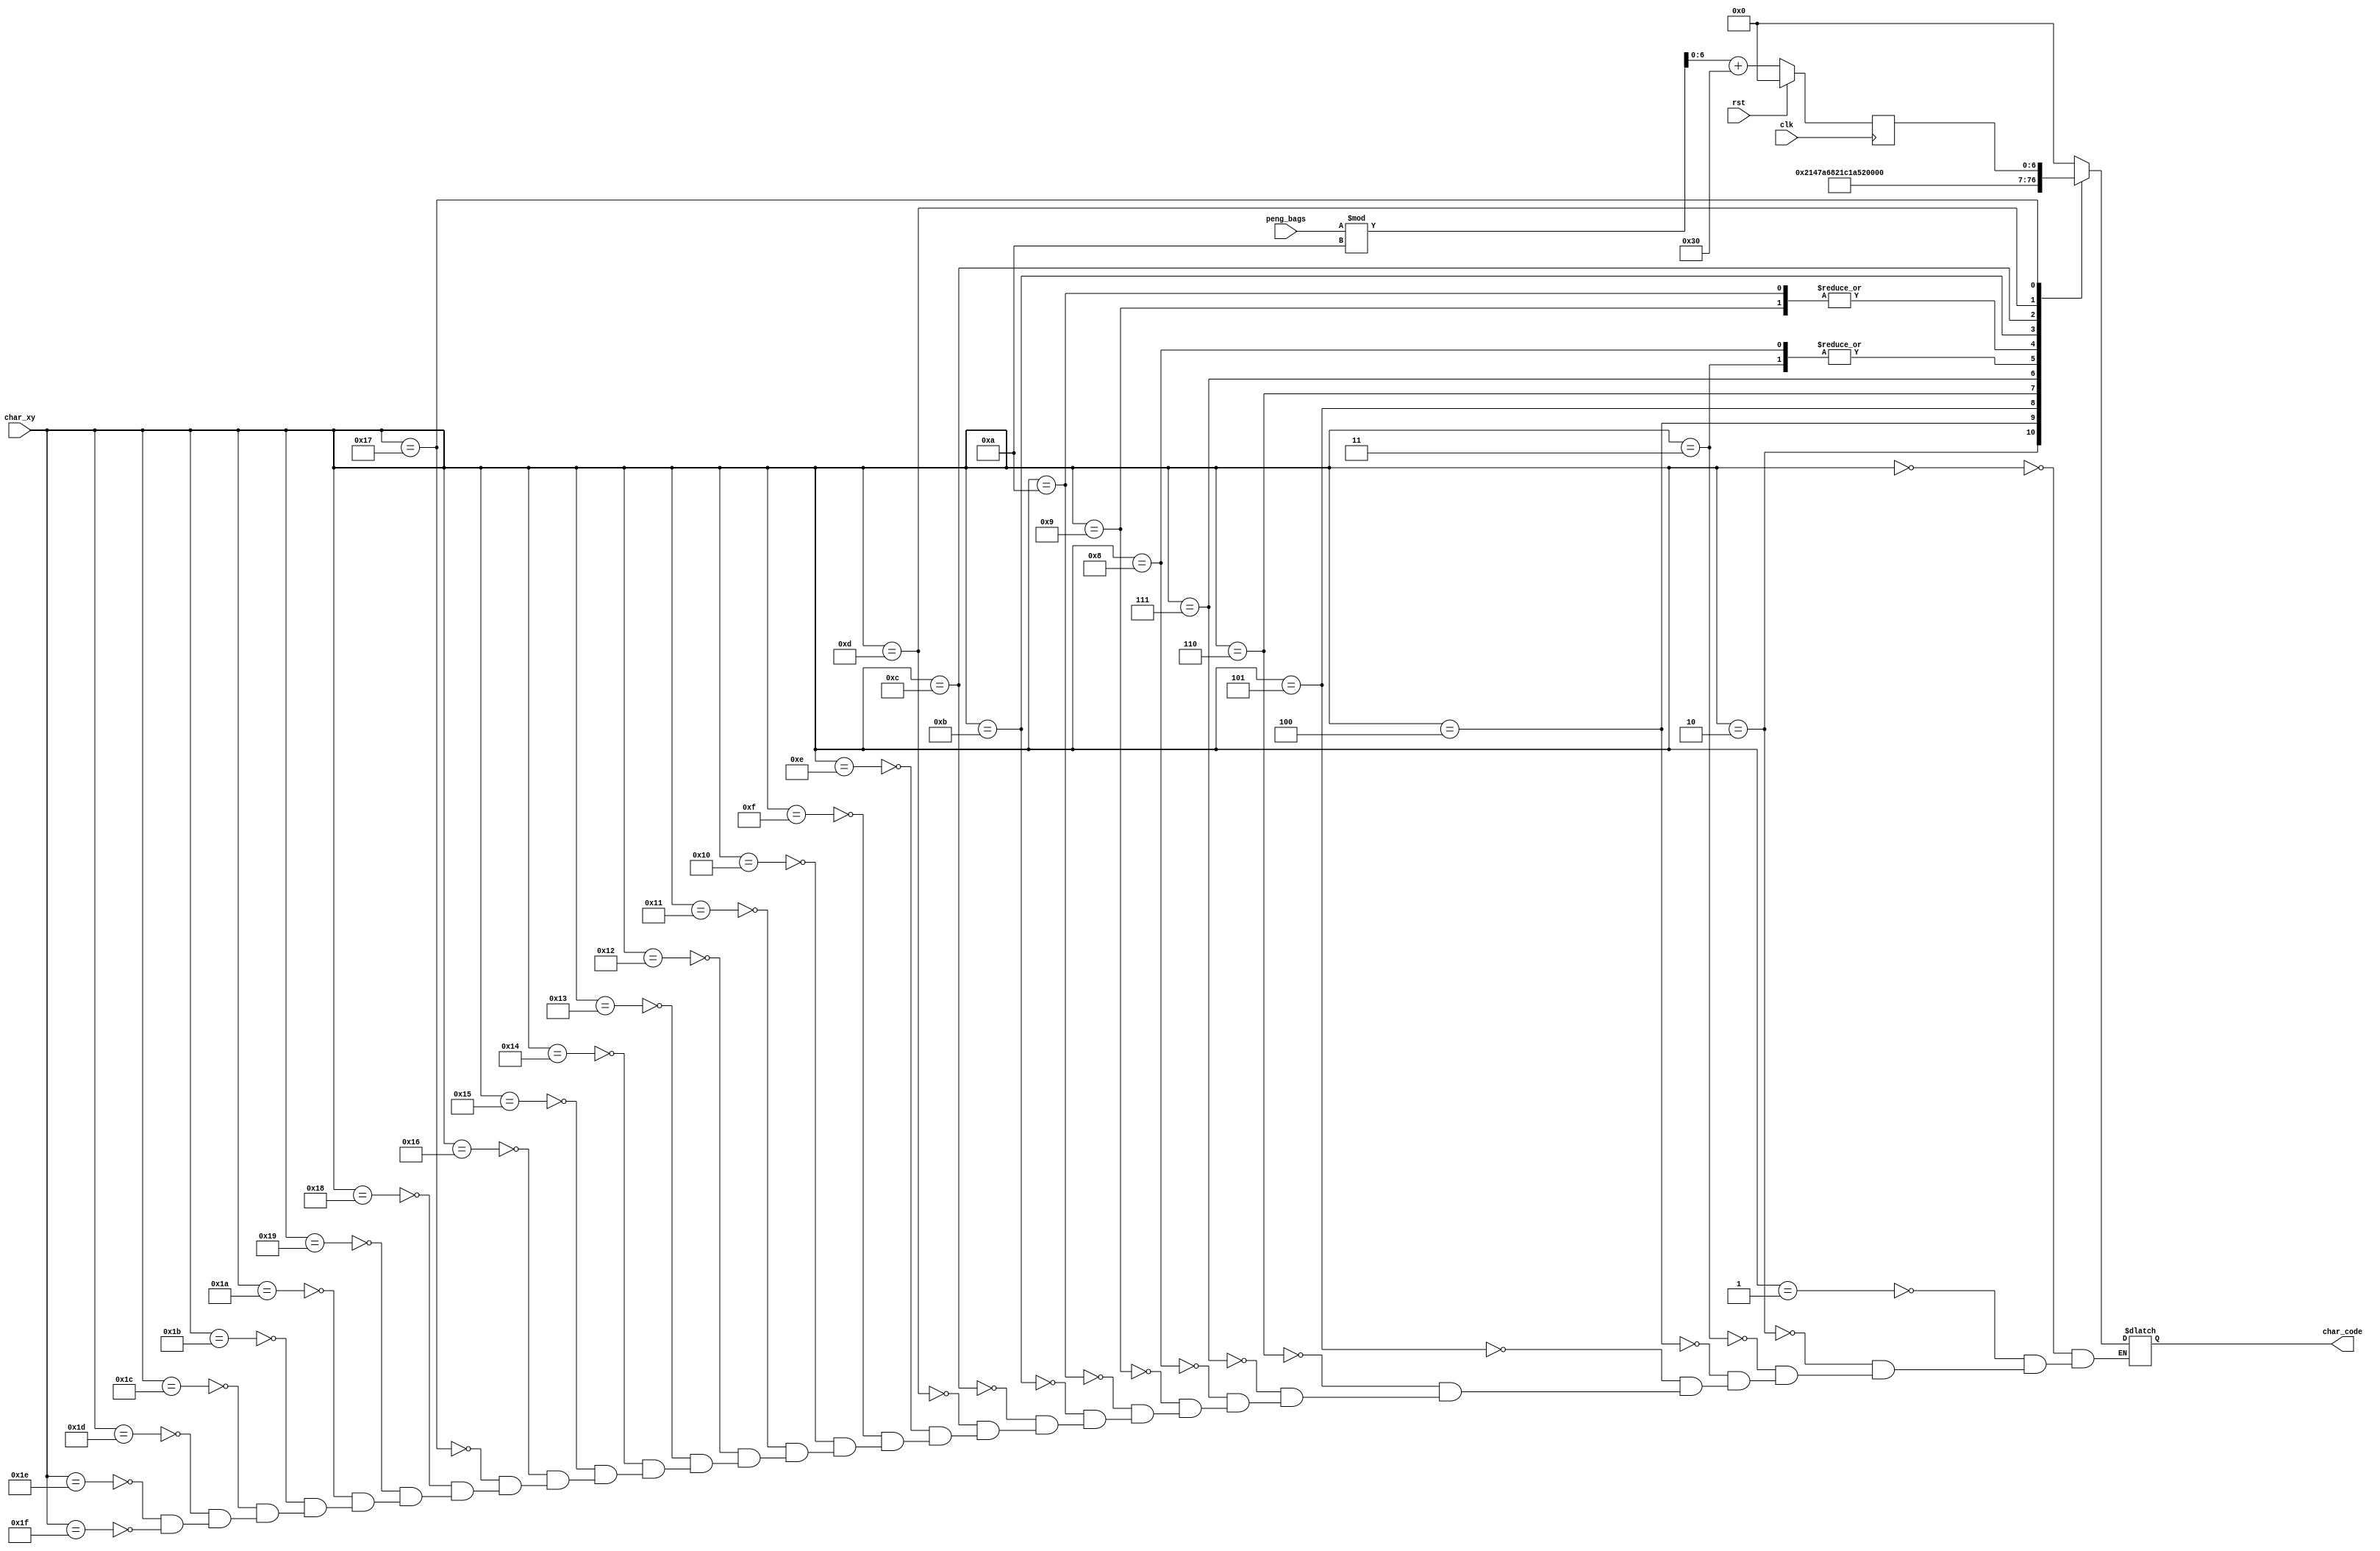
`timescale 1ns / 1ps
//////////////////////////////////////////////////////////////////////////////////
// Company: 
// Engineer: 
// 
// Design Name: 
// Module Name: char_peng_bags
// Project Name: 
// Target Devices: 
// Tool Versions: 
// Description: 
// 
// Dependencies: 
// 
// Revision:
// Revision 0.01 - File Created
// Additional Comments:
// 
//////////////////////////////////////////////////////////////////////////////////


module char_peng_bags(
   input wire clk,
   input wire rst,
   input wire [7:0] char_xy,
   input wire [3:0] peng_bags,
   
   output reg [6:0] char_code
   );
       
    localparam ASCII_CONV = 48;
   
    reg [7:0] ones, ones_nxt;
   
    always @(posedge clk) begin
        if(rst) begin
            ones        <= 0;
        end
        else begin
            ones        <= ones_nxt;
        end
   end
   
   
   always @* begin
       ones_nxt = peng_bags % 10 + ASCII_CONV;
   end

           
    reg [7:0] code_data;
               always @*   begin
                   char_code = code_data[6:0];
               end
               
               always @*   begin
                       case (char_xy)
                           //line 0               //      hex
                           8'h00: code_data = 8'h00;   
                           8'h01: code_data = 8'h00;   
                           8'h02: code_data = "B";   
                           8'h03: code_data = "A";   
                           8'h04: code_data = "G";   
                           8'h05: code_data = "S";   
                           8'h06: code_data = " ";    
                           8'h07: code_data = "C";   
                           8'h08: code_data = "A";   
                           8'h09: code_data = "R";      
                           8'h0a: code_data = "R";   
                           8'h0b: code_data = "I";   
                           8'h0c: code_data = "E";   
                           8'h0d: code_data = "D";   
                           8'h0e: code_data = 8'h00;   
                           8'h0f: code_data = 8'h00;   
                           
                           //line 1                  //      hex
                           8'h10: code_data = 8'h00;   // 
                           8'h11: code_data = 8'h00;   // 
                           8'h12: code_data = 8'h00;   // 
                           8'h13: code_data = 8'h00;   // 
                           8'h14: code_data = 8'h00;   // 
                           8'h15: code_data = 8'h00;   // 
                           8'h16: code_data = 8'h00;   //  
                           8'h17: code_data = ones;   // 
                           8'h18: code_data = 8'h00;   // 
                           8'h19: code_data = 8'h00;   //     
                           8'h1a: code_data = 8'h00;   // 
                           8'h1b: code_data = 8'h00;   // 
                           8'h1c: code_data = 8'h00;   // 
                           8'h1d: code_data = 8'h00;   // 
                           8'h1e: code_data = 8'h00;   // 
                           8'h1f: code_data = 8'h00;   // 
                        
                       endcase
               end            

endmodule